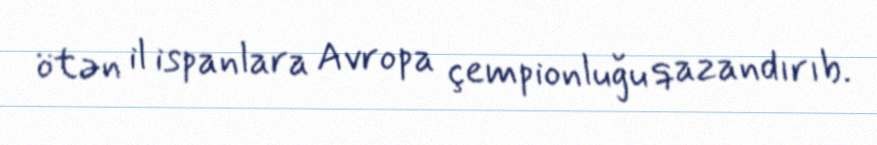
ötən il ispanlara Avropa çempionluğu qazandırıb.